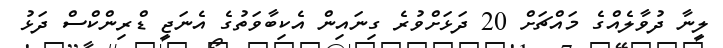
ލީނާ ދުވާލެއްގެ މައްޗަށް 20 ދަޅަށްވުރެ ގިނައިން އެކިބާވަތުގެ އެނަޖީ ޑްރިންކްސް ދަޅު